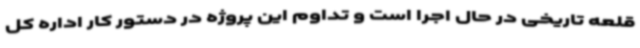
قلعه تاریخی در حال اجرا است و تداوم این پروژه در دستور کار اداره کل